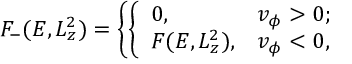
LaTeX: F _ { - } ( E , L _ { z } ^ { 2 } ) = \left\{ \left\{ \begin{array} { l l } { { 0 , } } & { { v _ { \phi } > 0 ; } } \\ { { F ( E , L _ { z } ^ { 2 } ) , } } & { { v _ { \phi } < 0 , } } \end{array} \right. \right.